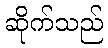
ဆိုက်သည်